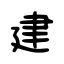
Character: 建